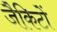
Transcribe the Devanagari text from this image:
जैकिटों